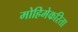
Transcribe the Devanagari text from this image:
मोहिमेकरिता